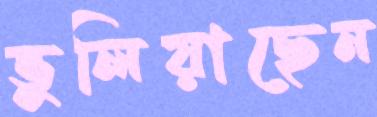
ভুলিয়াছেন